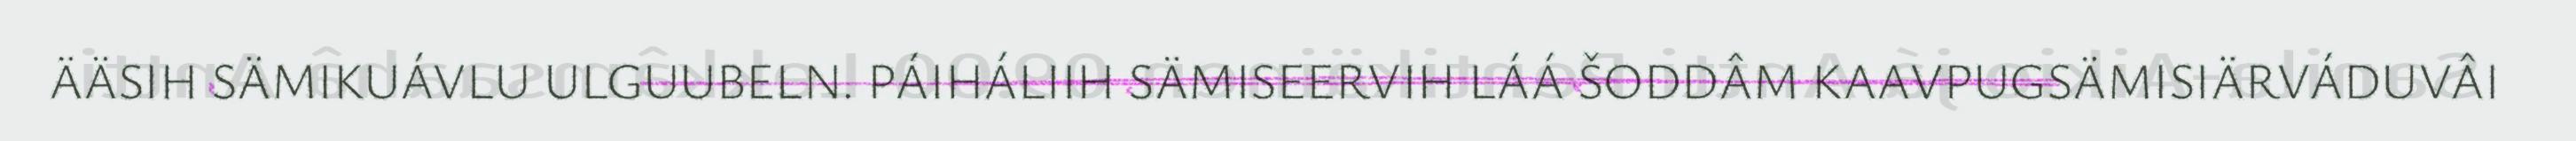
ÄÄSIH SÄMIKUÁVLU ULGUUBELN. PÁIHÁLIIH SÄMISEERVIH LÁÁ ŠODDÂM KAAVPUGSÄMISIÄRVÁDUVÂI